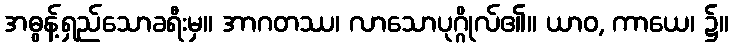
အဓွန့်ရှည်သောခရီးမှ။ အာဂတဿ၊ လာသောပုဂ္ဂိုလ်၏။ ယာဝ, ကာယေ၊ ၌။